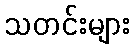
သတင်းများ